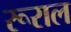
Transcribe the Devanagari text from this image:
रूराल